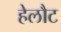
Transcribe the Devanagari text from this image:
हेलौट